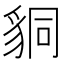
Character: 𧳆